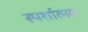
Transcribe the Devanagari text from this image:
स्पर्शात्मक